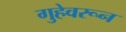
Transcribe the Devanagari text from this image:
गुहेवरून